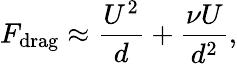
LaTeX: F_{\mathrm{drag}}\approx\frac{U^{2}}{d}+\frac{\nu U}{d^{2}},